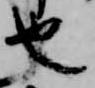
也